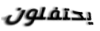
يحتفلون